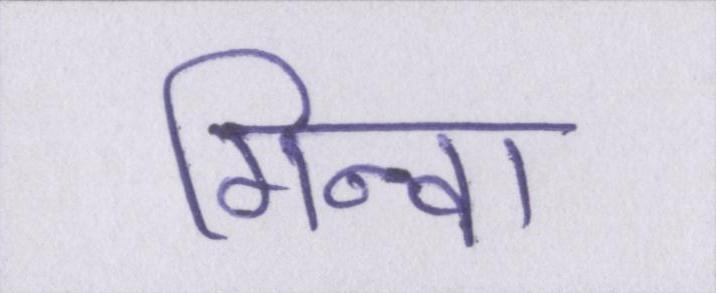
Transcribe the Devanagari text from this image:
गिनवा